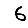
Digit: 6